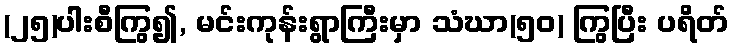
(၂၅)ပါးစီကြွ၍, မင်းကုန်းရွာကြီးမှာ သံဃာ(၅၀) ကြွပြီး ပရိတ်